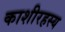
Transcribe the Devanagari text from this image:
काशीरहस्य